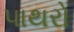
પાથરો